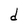
Character: d